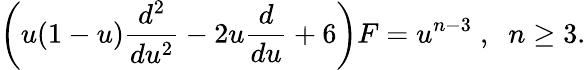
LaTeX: \left(u(1-u)\frac{d^{2}}{du^{2}}-2u\frac{d}{du}+6\right)F=u^{n-3}\; ,\; \; n\geq 3.